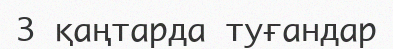
3 қаңтарда туғандар